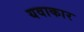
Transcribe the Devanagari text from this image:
यवाकार